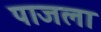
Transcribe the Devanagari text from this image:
पाजला